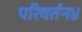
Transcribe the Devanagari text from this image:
परिवर्तन४